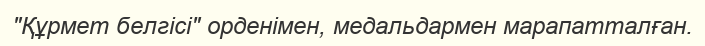
"Құрмет белгісі" орденімен, медальдармен марапатталған.